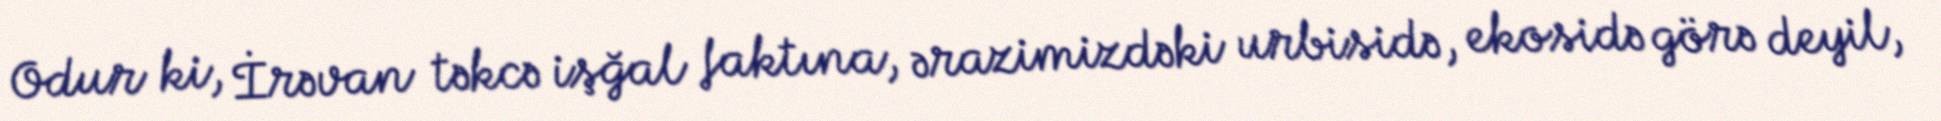
Odur ki, İrəvan təkcə işğal faktına, ərazimizdəki urbisidə, ekosidə görə deyil,